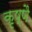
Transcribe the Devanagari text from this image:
कृष्णै